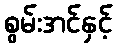
စွမ်းအင်နှင့်